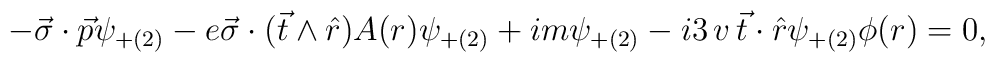
-\vec{\sigma} \cdot \vec{p} \psi_{+(2)} - e \vec{\sigma} \cdot   (\vec{t} \wedge \hat{r}) A(r) \psi_{+(2)} +im   \psi_{+(2)} -i 3  \, v  \,  \vec{t} \cdot \hat{r}   \psi_{+(2)} \phi(r) = 0,